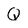
Character: Q